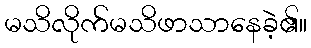
မသိလိုက်မသိဖာသာနေခဲ့၏။